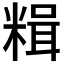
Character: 𫃇